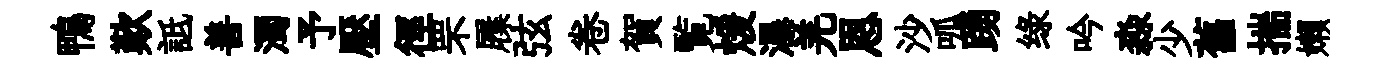
鴨歎詆善濁予壓徑罘屧弦卷賀覧煖瀑羌恩沙呱踴绿吟淼少舊揣嬾